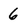
Character: 6